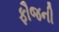
ફૌજની